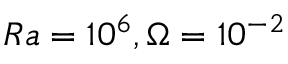
R a = 1 0 ^ { 6 } , \Omega = 1 0 ^ { - 2 }